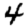
Digit: 4